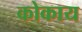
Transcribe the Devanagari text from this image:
कोकाय